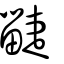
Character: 疀